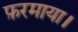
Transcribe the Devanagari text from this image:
फ़रमाया।